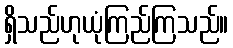
ရှိသည်ဟုယုံကြည်ကြသည်။